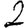
Digit: 2